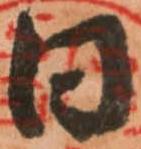
日